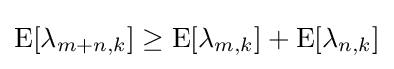
\operatorname {E} [\lambda _{m+n,k}]\geq \operatorname {E} [\lambda _{m,k}]+\operatorname {E} [\lambda _{n,k}]